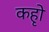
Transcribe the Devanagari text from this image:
कहृो